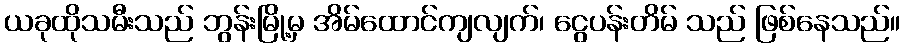
ယခုထိုသမီးသည် ဘွန်းမြို့မှ အိမ်ထောင်ကျလျက်၊ ငွေပန်းတိမ် သည် ဖြစ်နေသည်။